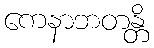
ကေနာဘတန္တိ